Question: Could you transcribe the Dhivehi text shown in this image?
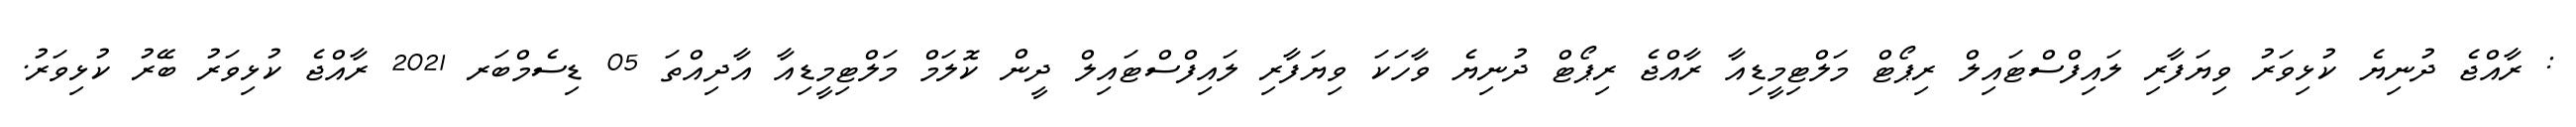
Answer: : ރާއްޖެ ދުނިޔެ ކުޅިވަރު ވިޔަފާރި ލައިފްސްޓައިލް ރިޕޯޓް މަލްޓިމީޑިއާ ރާއްޖެ ރިޕޯޓް ދުނިޔެ ވާހަކަ ވިޔަފާރި ލައިފްސްޓައިލް ދީން ކޮލަމް މަލްޓިމީޑިއާ އާދިއްތަ 05 ޑިސެމްބަރ 2021 ރާއްޖެ ކުޅިވަރު ބޭރު ކުޅިވަރު.